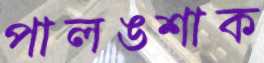
পালঙশাক